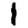
Digit: 1